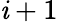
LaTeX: \mathit{i}+1